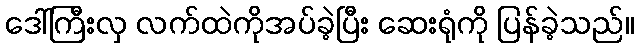
ဒေါ်ကြီးလှ လက်ထဲကိုအပ်ခဲ့ပြီး ဆေးရုံကို ပြန်ခဲ့သည်။